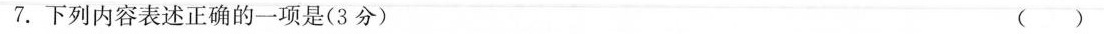
7.下列内容表述正确的一项是( 3 分 ) ( )